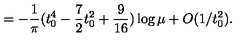
= - \frac { 1 } { \pi } ( t _ { 0 } ^ { 4 } - \frac { 7 } { 2 } t _ { 0 } ^ { 2 } + \frac { 9 } { 1 6 } ) \log \mu + O ( 1 / t _ { 0 } ^ { 2 } ) .